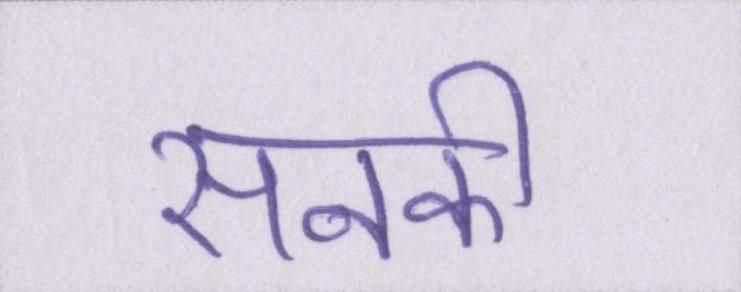
सनकी